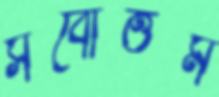
সর্বোত্তম